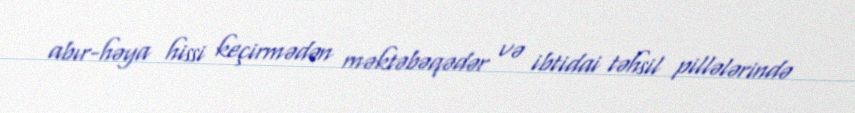
abır-həya hissi keçirmədən məktəbəqədər və ibtidai təhsil pillələrində